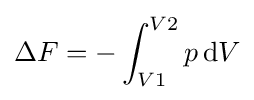
\Delta F=-\int _{V1}^{V2}p\,\mathrm {d} V